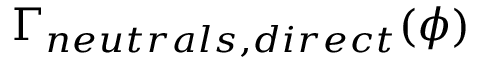
\Gamma _ { n e u t r a l s , d i r e c t } ( \phi )